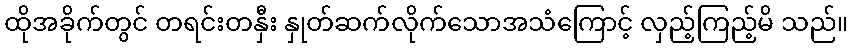
ထိုအခိုက်တွင် တရင်းတနှီး နှုတ်ဆက်လိုက်သောအသံကြောင့် လှည့်ကြည့်မိ သည်။